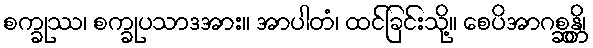
စက္ခုဿ၊ စက္ခုပသာဒအား။ အာပါတံ၊ ထင်ခြင်းသို့။ စေပိအာဂစ္ဆန္တိ၊